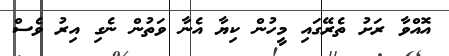
އޮއްވާ ރަށު ތެރޭގައި މީހުން ކިޔާ އެނާ ވަތުން ނެގި އިރު ވެސް